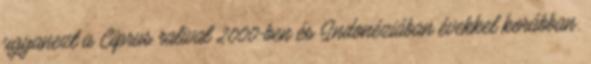
ugyanezt a Ciprus ralival 2000-ben és Indonéziában évekkel korábban.